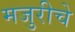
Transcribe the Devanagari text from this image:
मजुरीचे